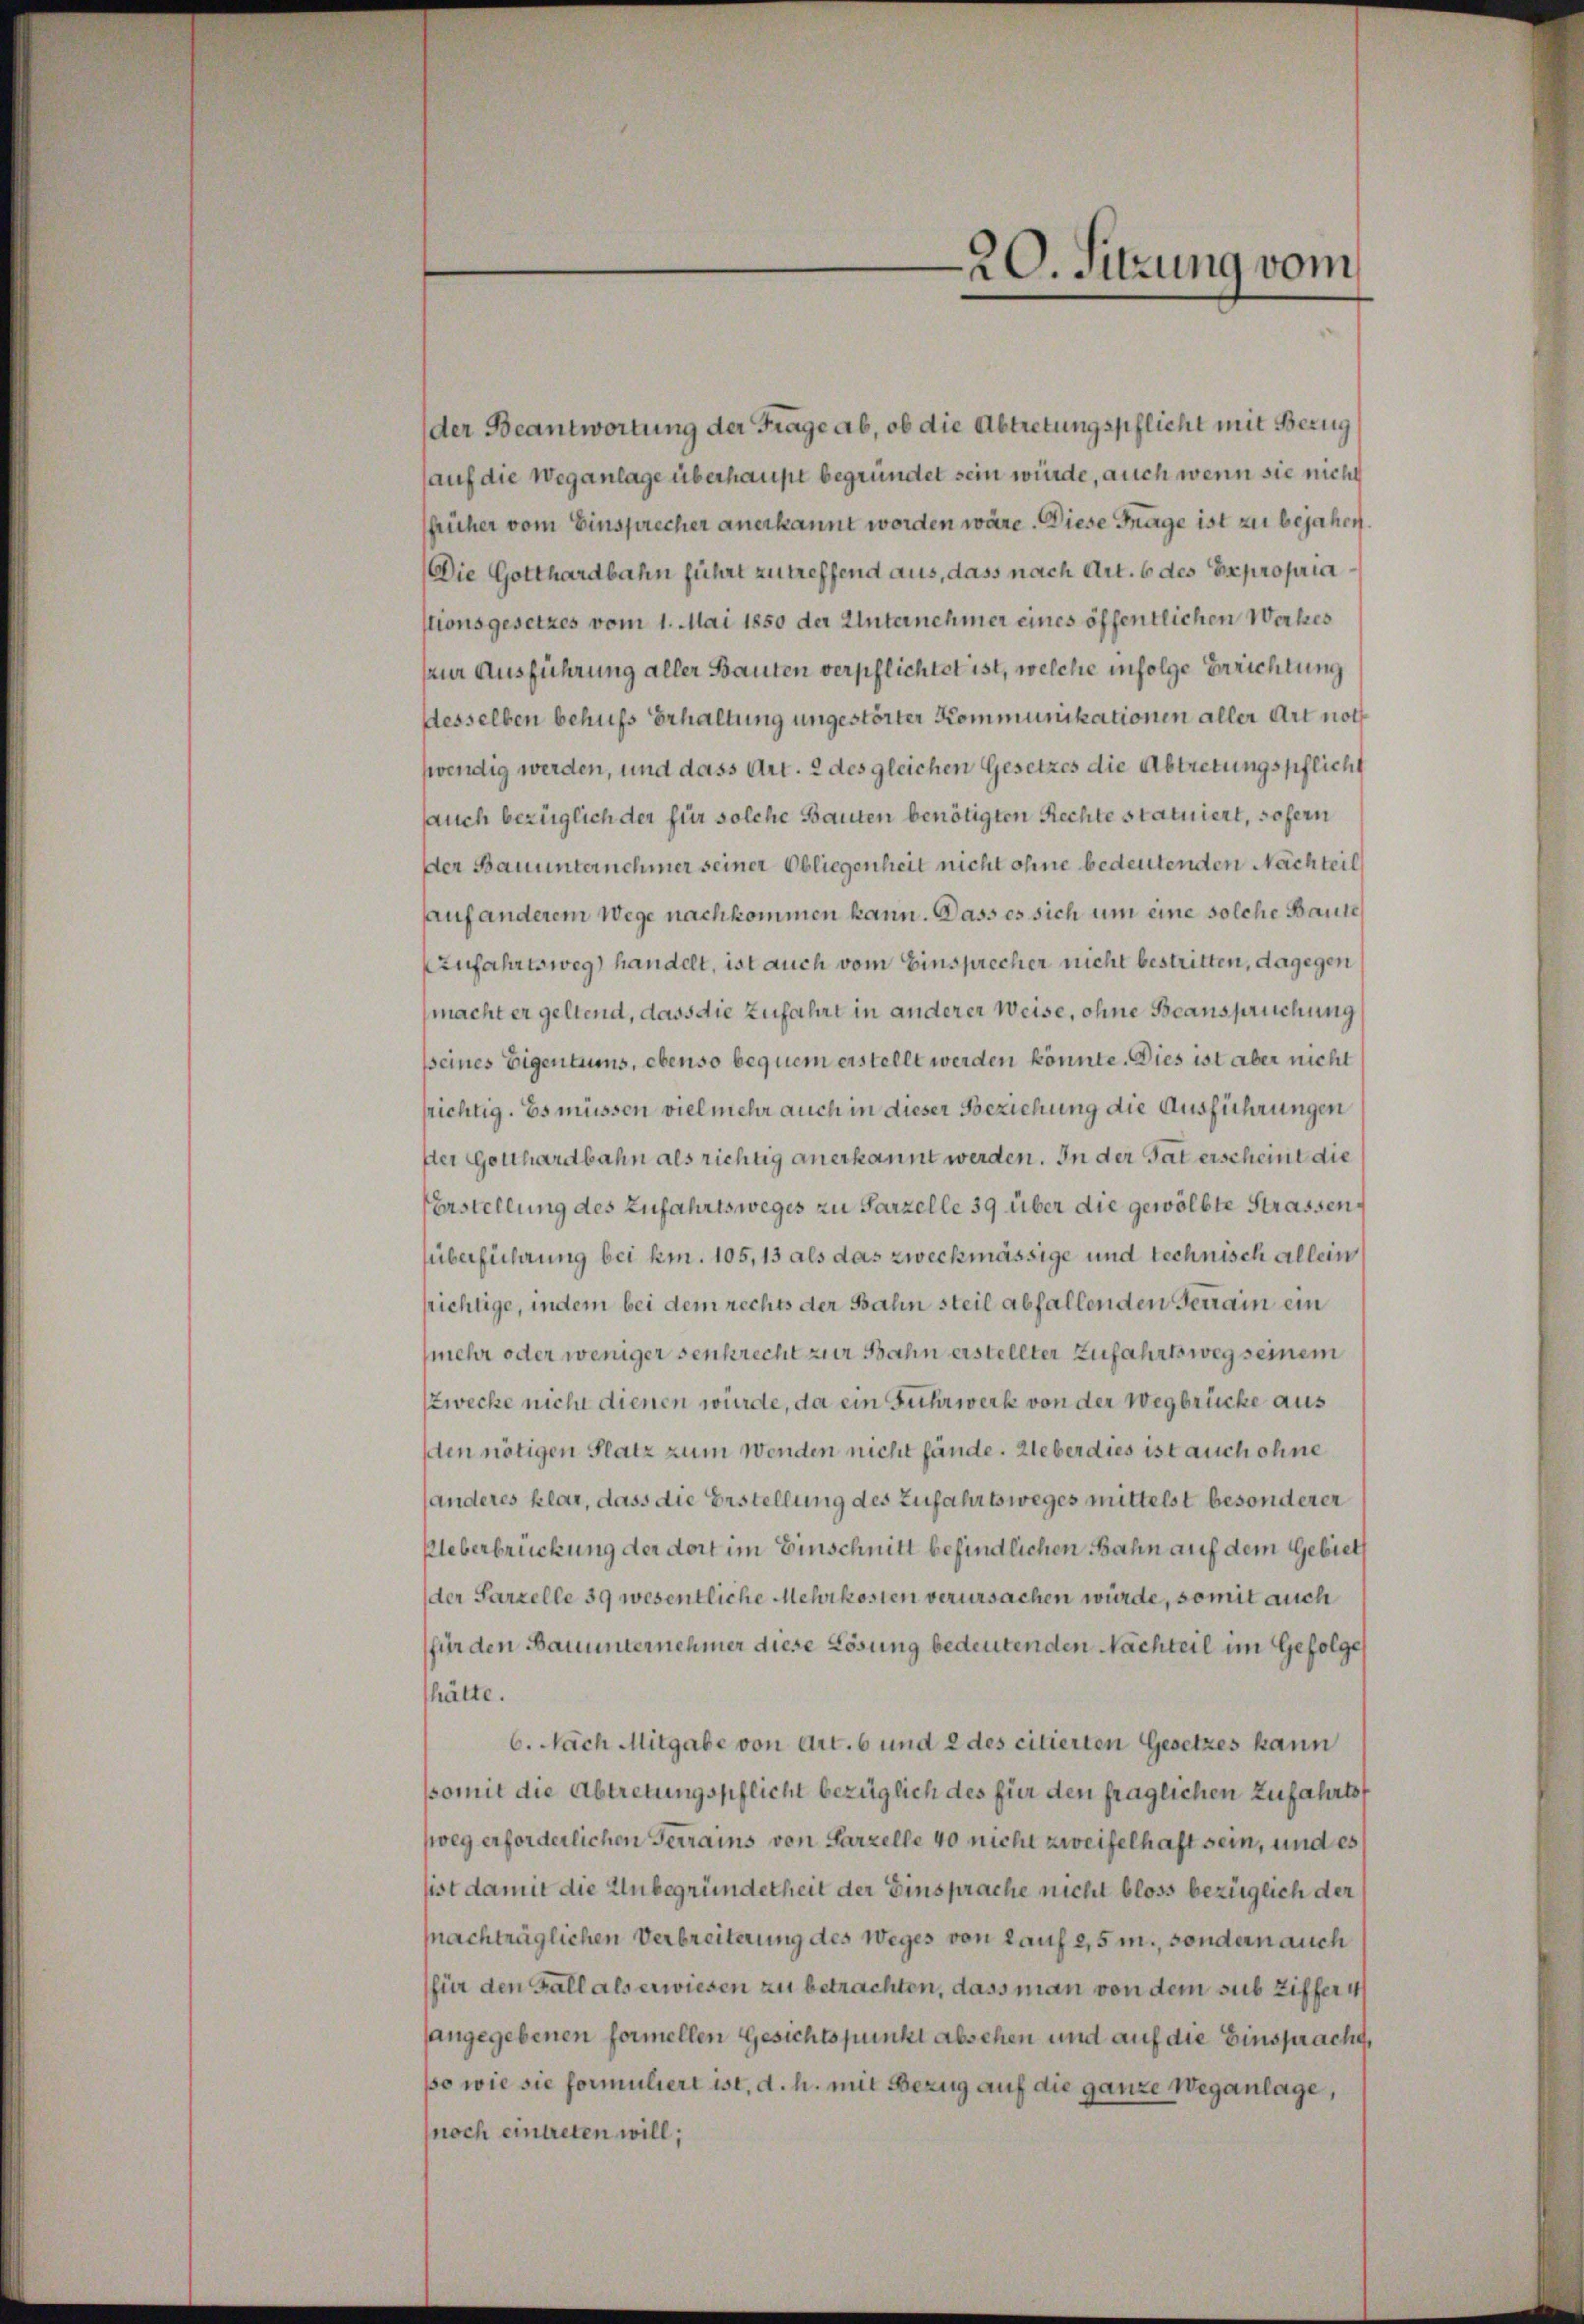
der Beantwortung der Frage ab, ob die Abtretungspflicht mit Bezug
auf die Weganlage überhaupt begründet sein würde, auch wenn sie nicht
früher vom Einsprecher anerkannt worden wäre. Diese Frage ist zu bejahen.
Die Gotthardbahn führt zu treffend aus, dass nach Art. 6 des Expropria
stionsgesetzes vom 1. Mai 1850 der Unternehmer eines öffentlichen Werkes
zur Ausführung aller Bauten verpflichtet ist, welche infolge Errichtung
desselben behufs Erhaltung ungestörter Kommunikationen aller Art noth
wendig werden, und dass Art. 2 des gleichen Gesetzes die Abtretungspflicht
auch bezüglich der für solche Bauten benötigten Rechte statuiert, sofern
Der Bauunternehmer seiner Obliegenheit nicht ohne bedeutenden Nachteil
hauf anderem Wege nachkommen kann. Dass es sich um eine solche Baute
Zufahrtsweg) handelt, ist auch vom Einsprecher nicht bestritten, dagegen
macht er geltend, dass die Zufahrt in anderer Weise, ohne Beanspruchung
peines Eigentums, ebenso bequem erstellt werden könnte. Dies ist aber nicht
srichtig. Es müssen vielmehr auch in dieser Beziehung die Ausführungen
der Gotthardbahn als richtig anerkannt werden. In der Tat erscheint die
Erstellung des Zufahrtsweges zu Parzelle 39 über die gewölbte Strassens
überführung bei km. 105, 13 als das zweckmässige und technisch allein
srichtige, indem bei dem rechts der Bahn steil abfallenden Genrain ein
(mehr oder weniger senkrecht zur Bahn erstellter Zufahrtsweg seinem
zwecke nicht dienen würde, da ein Fuhrwerk von der Wegbrücke aus
sten nötigen Platz zum wenden nicht fände. Ueber dies ist auch ohne
handeres klar, dass die Erstellung des Zufahrtsweges mittelst besonderer
Ueberbrückung der dort im Einschnitt befindlichen Bahn auf dem Gebieth
der Parzelle 39 wesentliche Mehrkosten verursachen würde, somit auch
für den Bauunternehmer diese Lösung bedeutenden Nachteil im Gefolge
hätte.
6. Nach Mitgabe von Art. 6 und 2 des citierten Gesetzes kann
somit die Abtretungspflicht bezüglich des für den fraglichen zufahrts
weg erforderlichen Ferrains von Parzelle 40 nicht zweifelhaft sein, und es
sist damit die Unbegründetheit der Einsprache nicht bloss bezüglich der
pachträglichen Verbreiterung des Weges von Lauf 2,5 m., sondern auch
für den Fall als erwiesen zu betrachten, dass man von dem sub Ziffer 4)
sangegebenen formellen Gesichtspunkt absehen und auf die Einsprache,
so wie sie formuliert ist, d. h. mit Bezug auf die ganze Weganlage,
noch eintreten will;

20. Sitzung vom